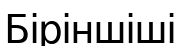
Біріншіші